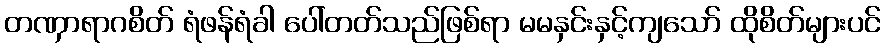
တဏှာရာဂစိတ် ရံဖန်ရံခါ ပေါ်တတ်သည်ဖြစ်ရာ မမနှင်းနှင့်ကျသော် ထိုစိတ်များပင်